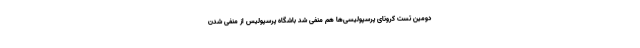
دومین تست کرونای پرسپولیسی‌ها هم منفی شد باشگاه پرسپولیس از منفی شدن